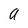
Character: a